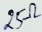
Text: 20Ω